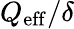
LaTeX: Q_{\mathrm{eff}}/\delta